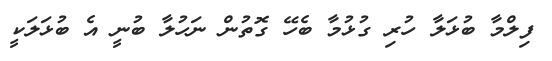
ފިލްމާ ބުޅަލާ ހުރި ގުޅުމާ ބެހޭ ގޮތުން ނަހުލާ ބުނީ އެ ބުޅަލަކީ